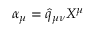
\alpha _ { \mu } = \widehat { q } _ { \mu \nu } X ^ { \mu }